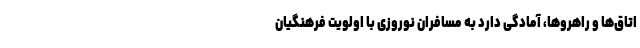
اتاق‌ها و راهروها، آمادگی دارد به مسافران نوروزی با اولویت فرهنگیان